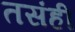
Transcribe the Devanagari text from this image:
तसंही